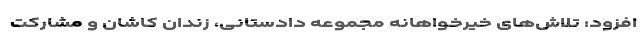
افزود: تلاش‌های خیرخواهانه مجموعه دادستانی، زندان کاشان و مشارکت